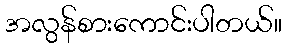
အလွန်စားကောင်းပါတယ်။